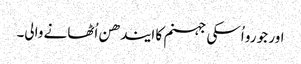
اور جو رو اُسکی جہنم کا ایندھن اُٹھانے والی۔